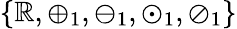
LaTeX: \{ \mathbb{R},\oplus_{1},\ominus_{1},\odot_{1},\oslash_{1}\}